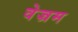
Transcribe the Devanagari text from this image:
वेज्रम